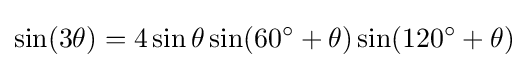
\sin(3\theta )=4\sin \theta \sin(60^{\circ }+\theta )\sin(120^{\circ }+\theta )